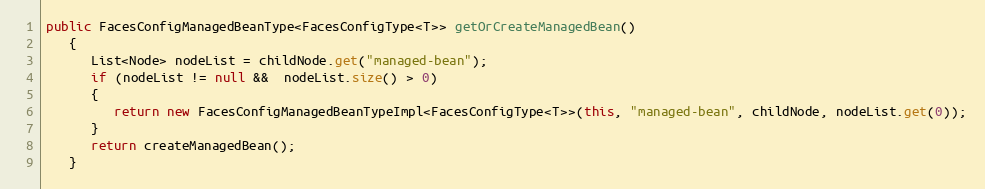
Language: Java
public FacesConfigManagedBeanType<FacesConfigType<T>> getOrCreateManagedBean()
   {
      List<Node> nodeList = childNode.get("managed-bean");
      if (nodeList != null &&  nodeList.size() > 0)
      {
         return new FacesConfigManagedBeanTypeImpl<FacesConfigType<T>>(this, "managed-bean", childNode, nodeList.get(0));
      }
      return createManagedBean();
   }